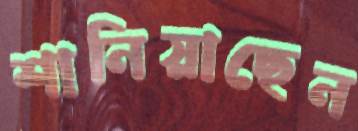
শানিয়াছেন